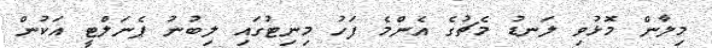
މިލާން މޮޅުވި ލަނޑު މެޗުގެ އެންމެ ފަހު މިނިޓުގައި ލިބުނު ޕެނަލްޓީ އަކުން